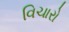
વિચારો